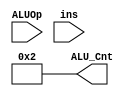
module aluControl( ALU_Cnt, ALUOp, ins);
 output reg[3:0] ALU_Cnt;
 input [1:0] ALUOp;
 input ins;
 wire [5:0] ALUControlIn;
 assign ALUControlIn = {ALUOp,ins};
 always @(ALUControlIn)
 casex (ALUControlIn)
   6'b00xxxx: ALU_Cnt=4'b0010;
   6'bx1xxxx: ALU_Cnt=4'b0110;
   6'b1x0000: ALU_Cnt=4'b0010;
   6'b1x1000: ALU_Cnt=4'b0110;
   6'b1x0111: ALU_Cnt=4'b0000;
   6'b1x0110: ALU_Cnt=4'b0001;
  default: ALU_Cnt=4'b0010;
  endcase
endmodule